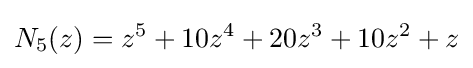
N_{5}(z)=z^{5}+10z^{4}+20z^{3}+10z^{2}+z